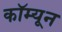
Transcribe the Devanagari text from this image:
कॉम्यून